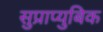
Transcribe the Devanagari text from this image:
सुप्राप्युबिक